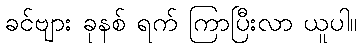
ခင်ဗျား ခုနစ် ရက် ကြာပြီးလာ ယူပါ။